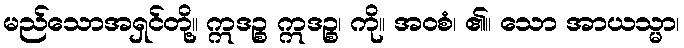
မည်သောအရှင်တို့။ ဣဒဉ္စ ဣဒဉ္စ၊ ကို။ အဝစံ၊ ၏။ သော အာယသ္မာ၊